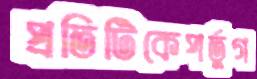
প্রতিটিকেপর্তুগ